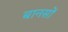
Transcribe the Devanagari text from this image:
बानसों